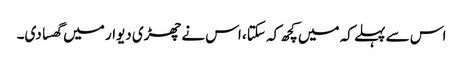
اس سے پہلے کہ میں کچھ کہ سکتا، اس نے چھڑی دیوار میں گھسا دی۔